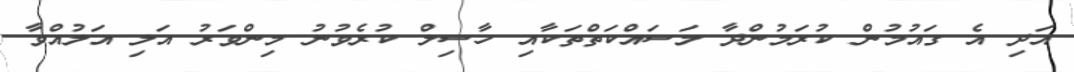
އަދި އެ ގައުމުން ކުރަމުންދާ މަސައްކަތްތަކާއި ހާސިލް ކުރެވުނު މިންވަރު އަލި އަލުއްވާ